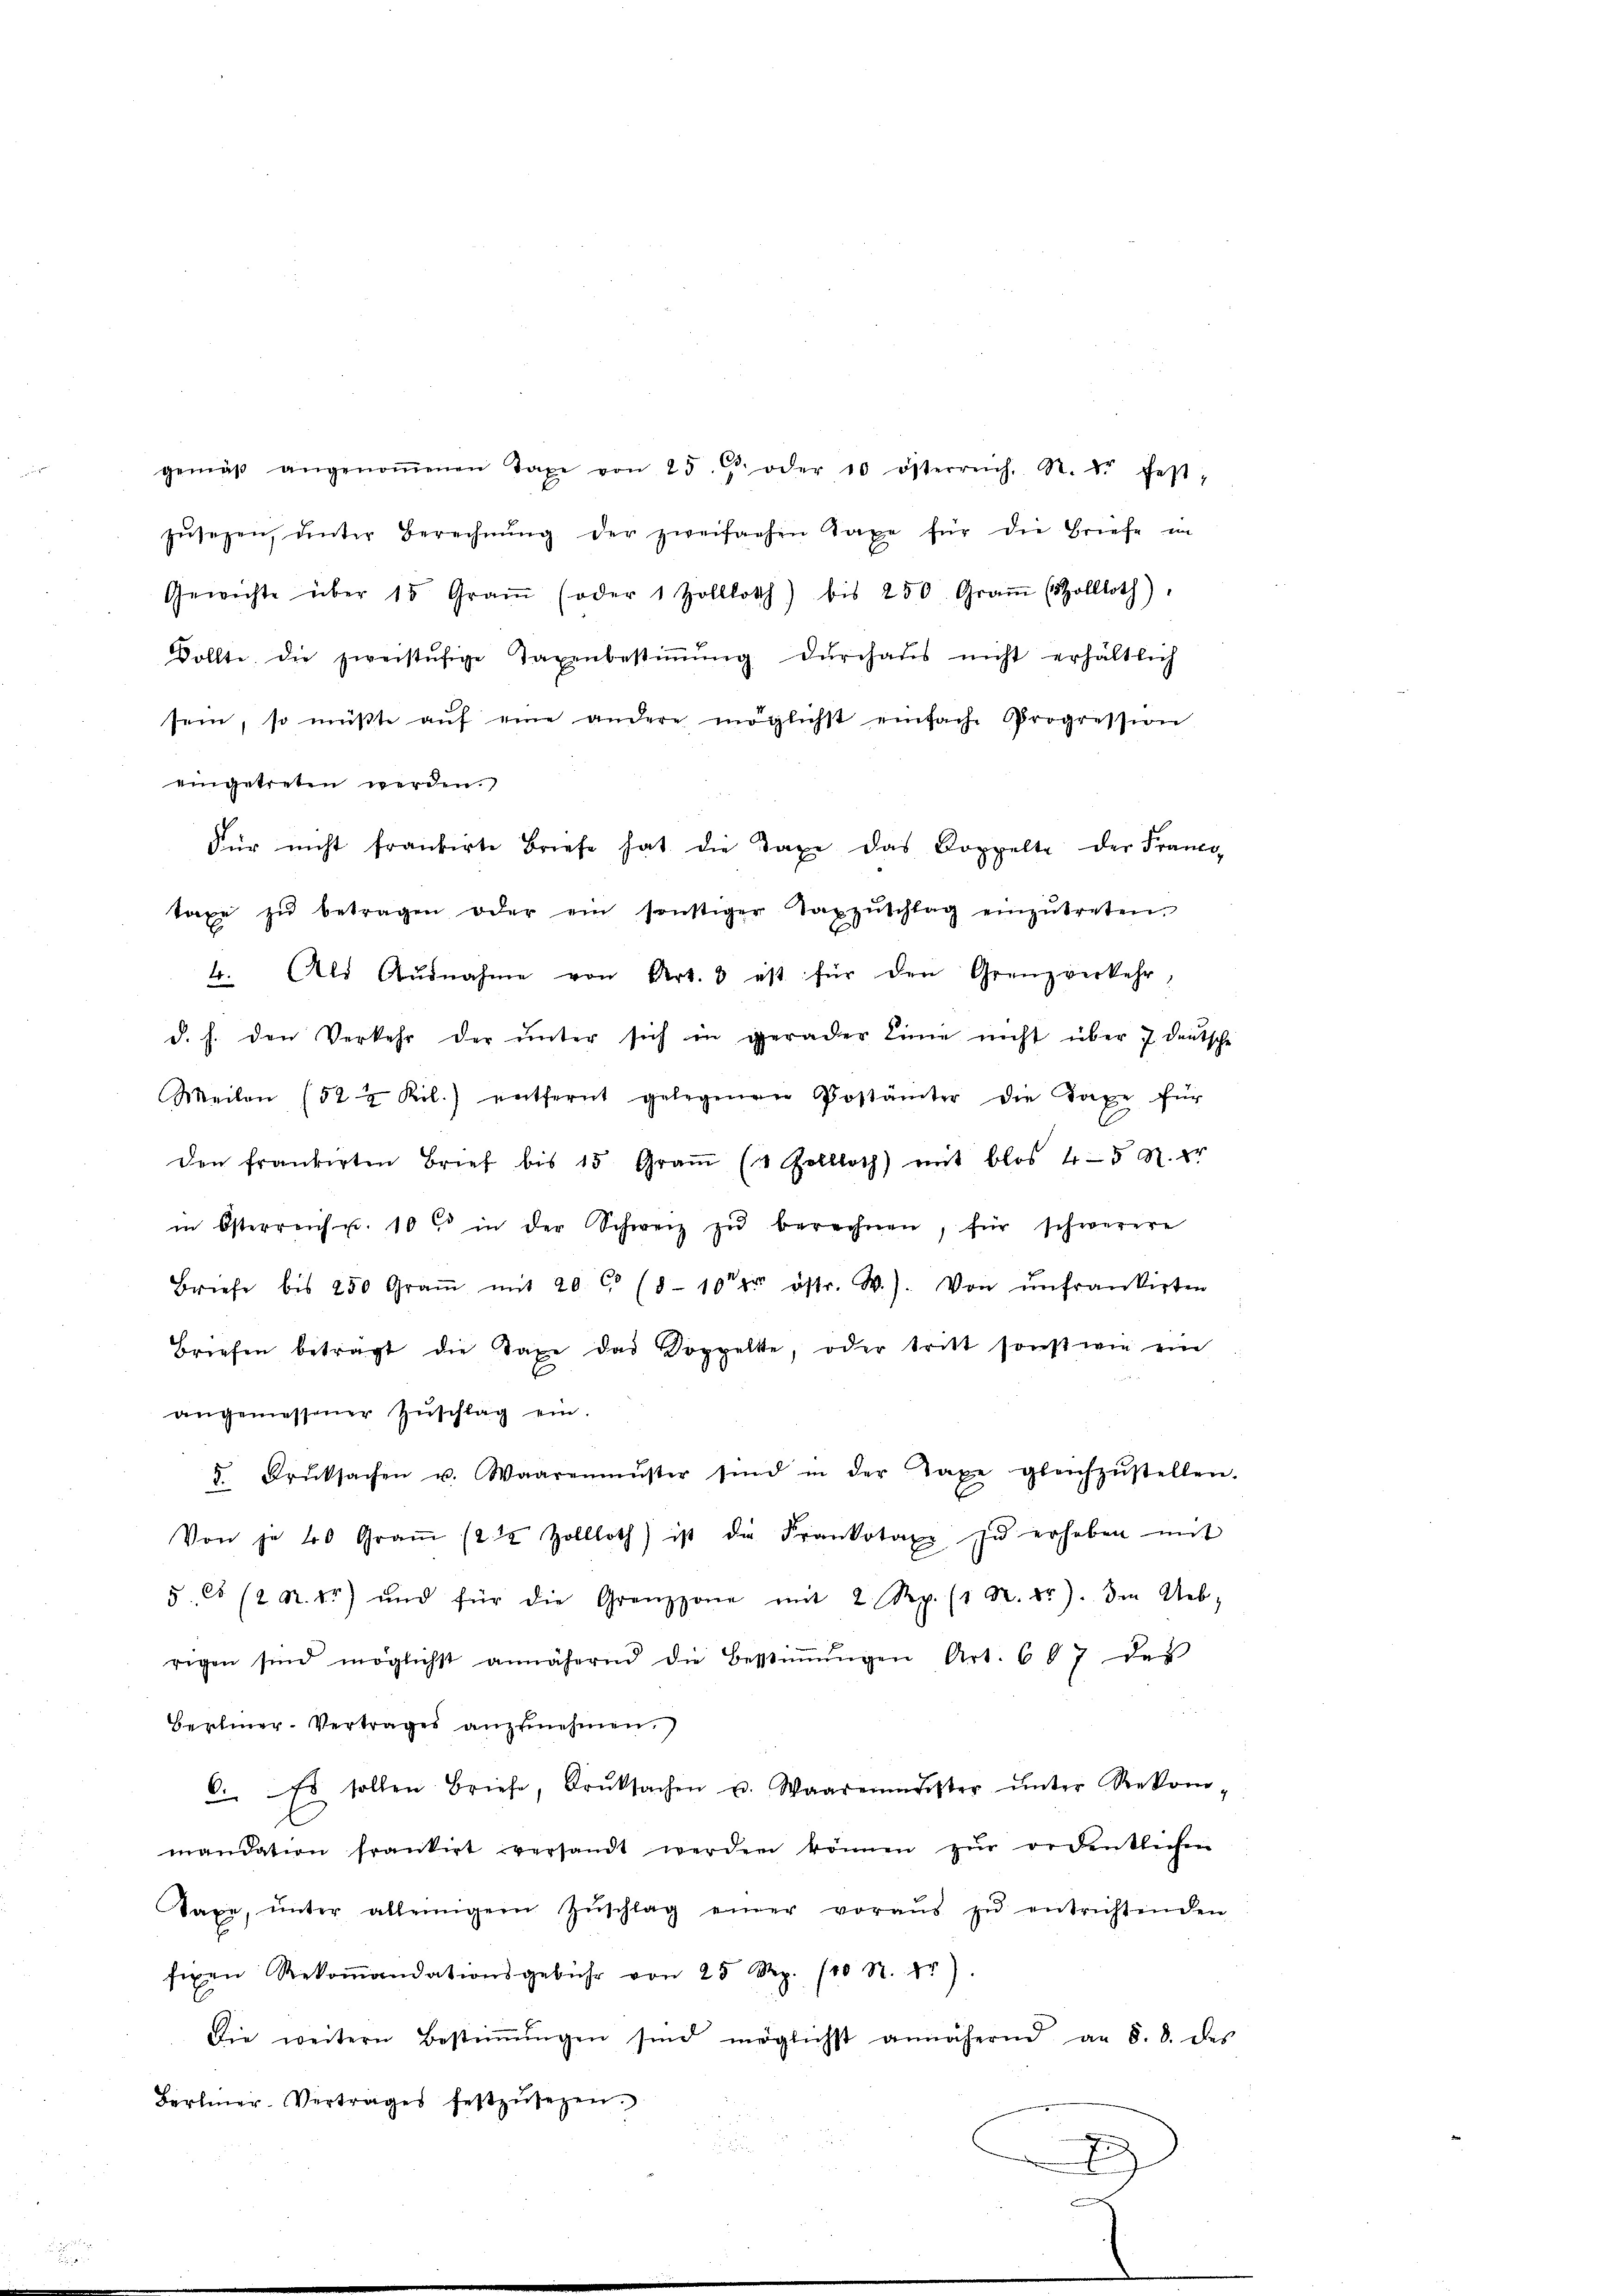
gemäβ angenoṁenen Taxe von 25. oder 10 österreich, R. d. fest,
zŭsehen, inter Berechnŭng der zweifachen Taxe für die Briefe in
Gewichte über 15 Graṁ (oder 1 Zolllotth) bis 250. Graṁ (Zollloth)
Wollte die zweistŭhige Taxenbestiṁŭng durchaus nicht erhältlich
sein, so müßte aŭf eine andere möglichst einfache Progression
eingetreten werden.
Für nicht frankirte Briefe hat die Taxe das Koppelte der Franco-
taxe zŭ betragen oder ein sonstiger Taxzŭschlag einzŭtreten.
4. Als Aŭsnahme von Art. 3 ist für den Grenzverkehr,
d. h. den Verkehr der ŭnter sich in gerader Linie nicht über 7 deutsche
Meilen (52 ½ Kil.) entfernt gelegenen Postämter die Taxe für
den frankirten Brief bis 15 Graṁ (1 Zollloth) mit blos 4-5 St. Er
in Österreich u. 10 in der Schweiz zŭ berechnen, für schwerere
Briefe bis 250 Gram mit 20 C (8-10 fr östr. W.). Von ŭnfrankirten
Briefen betragt die Taxe das Doppelte, oder tritt sonst wie ein
angemessener Zŭschlag ein.
5 Bruksachen u. Waarenmüster sind in der Taxe gleichzŭstellen
Von je 40 Graṁ (212 Zollloth) ist die Frankotaxe zŭ erhoben mit
5 Ct (2 R. 1) und für die Grenzzone mit 2 Rp. (1 R. dr. Im Ueb-
rigen sind möglichst annähernd die Bestiṁŭngen Art. 607 des
Bephiner-Vertrages anzunehmen.
C. Es sollen Briefe, Druksachen u. Waarenmeister ŭnter Rekom
mandation frankirt versandt werden können zŭr ordentlichen
Taxe, ŭnter alleinigem Zŭschlag einer voraŭs zŭ entrichtenden
fixen Rekoṁandationsgebühr von 25 Rp. 100 R. fr.
Die weitern Bestiṁŭngen sind möglichst annähernd an 8. 8. des
Berlier. Vertrages festzŭsezen.